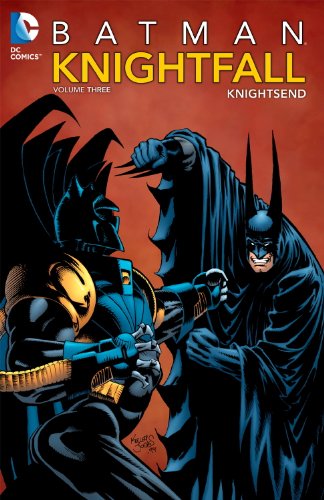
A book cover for Batman: Knightfall, Vol. 3: KnightsEnd; Various; Comics & Graphic Novels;